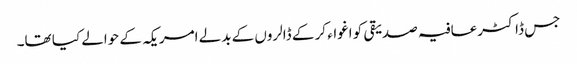
جس ڈاکٹرعافیہ صدیقی کو اغواء کر کے ڈالروں کے بدلے امریکہ کے حوالے کیا تھا۔